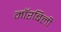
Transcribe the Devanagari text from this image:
मॉरबिली